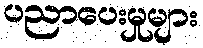
ပညာပေးမှုများ